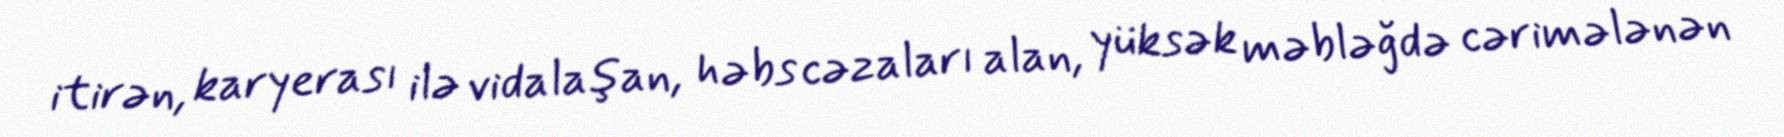
itirən, karyerası ilə vidalaşan, həbs cəzaları alan, yüksək məbləğdə cərimələnən